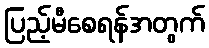
ပြည့်မီစေရန်အတွက်